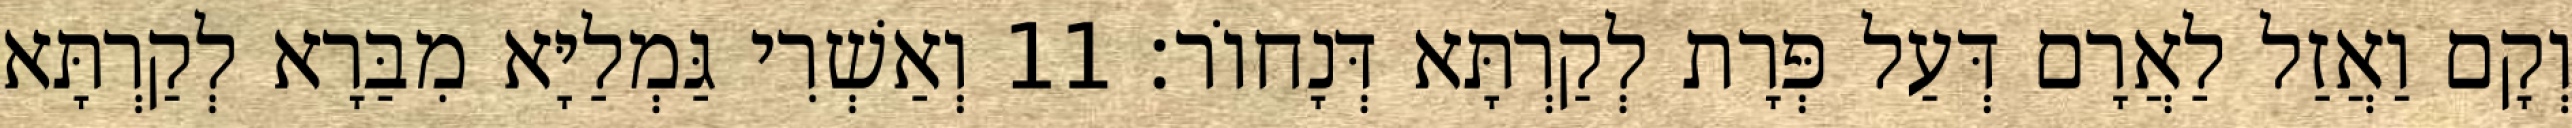
וְקָם וַאֲזַל לַאֲרָם דְּעַל פְּרָת לְקַרְתָּא דְּנָחוֹר׃ 11 וְאַשְׁרִי גַּמְלַיָּא מִבַּרָא לְקַרְתָּא